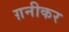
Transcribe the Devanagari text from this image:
ग़नीकर